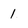
Character: 1